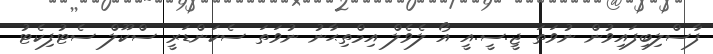
ފާސްލިބިފައިވުން ނުވަތަ ޖީ.ސީ.އީ އޯ ލެވެލް އިމްތިޙާނު ނުވަތަ ސެކަންޑަރީ ސްކޫލް ސެޓުފިކެޓު